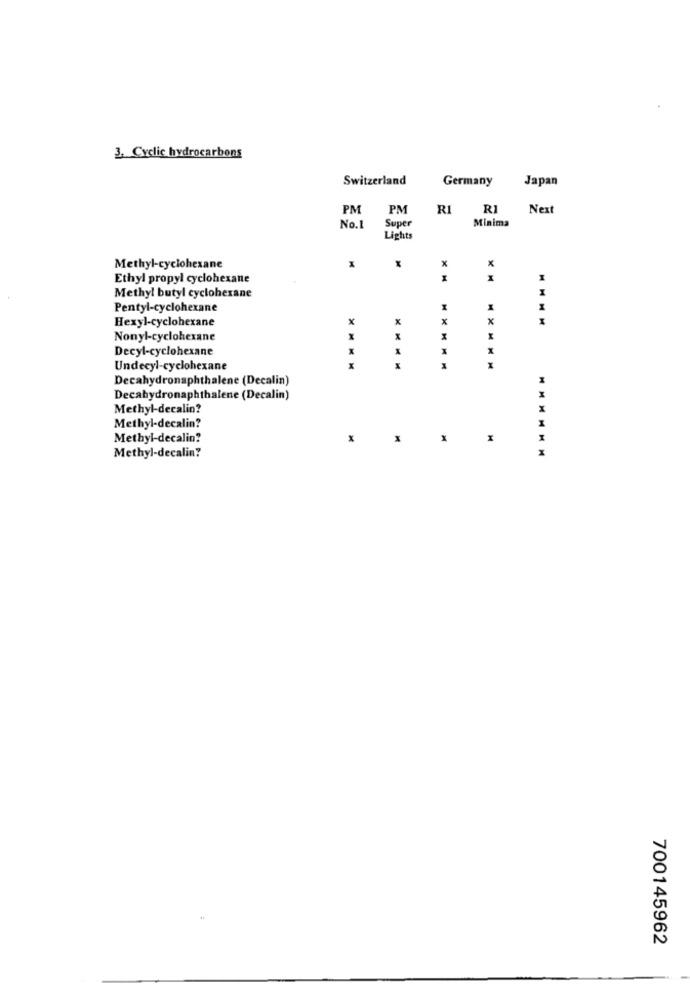
3. Cyclic hydrocarbons
Switzerland
Japan
Germany
PM
PM
RI
RI
Next
Super
Minima
No.1
Lights
X
Methyl-cyclohexane
Ethyl propyl cyclohexane
I
Methyl butyl cyclohexane
Pentyl-cyclohexane
M
Hexyl-cyclohexane
x
x
MMMM
Nonyl-cyclohexane
X
Decyl-cyclohexane
X
Undecyl-cyclohexane
Decahydronaphthalene (Decalin)
Decahydronaphthalene (Decalin)
Methyl-decalin?
X
Methyl-decalin?
Methyl-decalin?
x
M
Methyl-decalin?
700145962